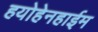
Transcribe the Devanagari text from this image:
हयोहेनहाईम